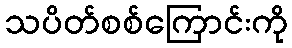
သပိတ်စစ်ကြောင်းကို